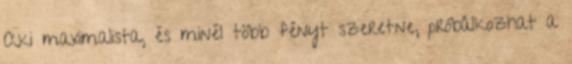
Aki maximalista, és minél több fényt szeretne, próbálkozhat a